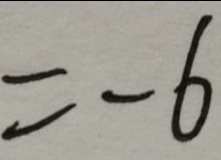
= - 6